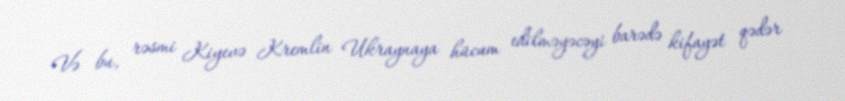
Və bu, rəsmi Kiyevə Kremlin Ukraynaya hücum edilməyəcəyi barədə kifayət qədər